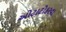
ઓટાટોકરવા